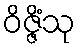
ဝိဇ္ဇိံသု